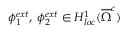
\phi _ { 1 } ^ { e x t } , \; \phi _ { 2 } ^ { e x t } \in H _ { l o c } ^ { 1 } ( \overline { \Omega } ^ { c } )